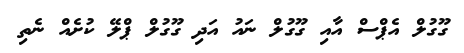
ގޫގުލް އެޕްސް އާއި ގޫގުލް ނައު އަދި ގޫގުލް ޕްލޭ ކުށެއް ނެތި